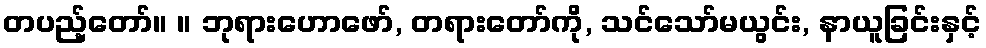
တပည့်တော်။ ။ ဘုရားဟောဖော်, တရားတော်ကို, သင်သော်မယွင်း, နာယူခြင်းနှင့်